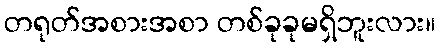
တရုတ်အစားအစာ တစ်ခုခုမရှိဘူးလား။